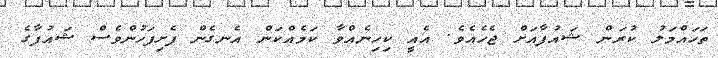
ތަހައްމަލު ކުރަން ޝައުފާއަށް ޖެހެއެވެ. އެއީ ކިހިނެއްވާ ކަމެއްކަން އެނގެން ފެށިފަހުންވެސް ޝައުފާގެ